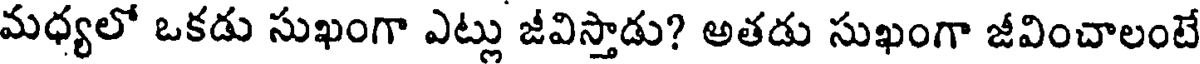
మధ్యలో ఒకడు సుఖంగా ఎట్లు జీవిస్తాడు? అతడు సుఖంగా జీవించాలంటే